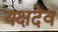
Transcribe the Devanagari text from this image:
यक्षदेव